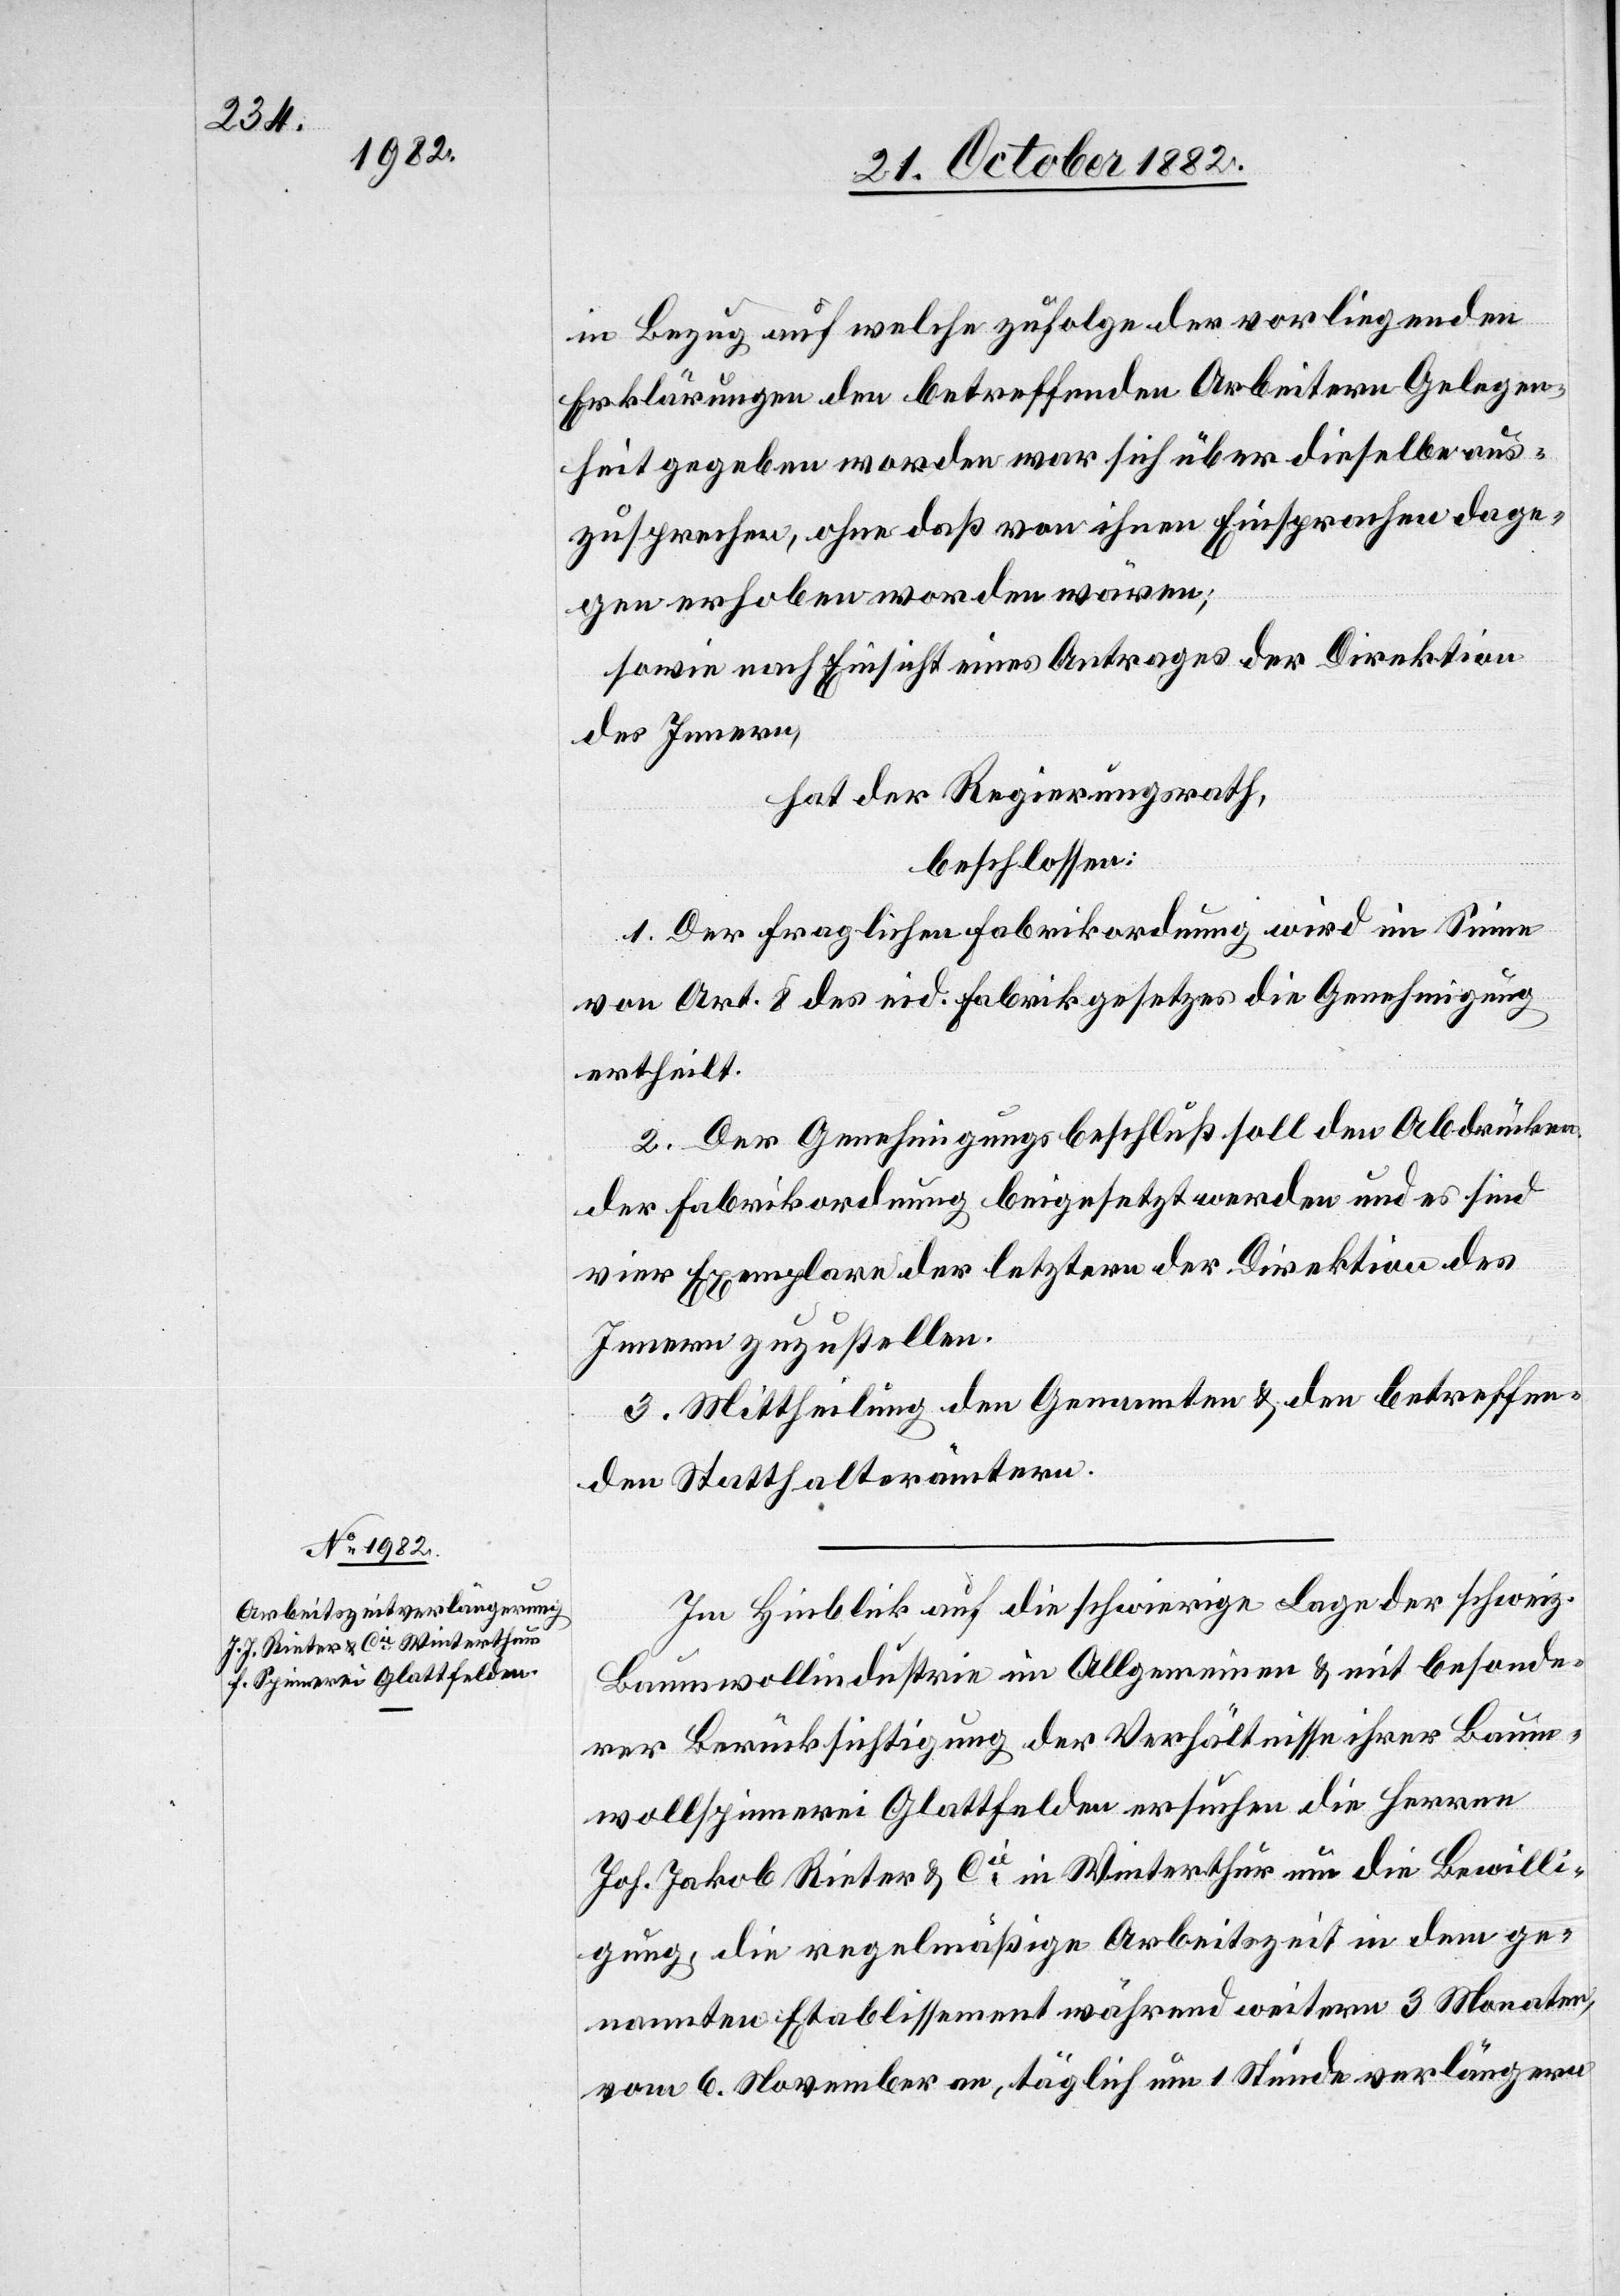
in Bezug auf welche zufolge der vorliegenden
Erklärungen den betreffenden Arbeitern Gelegen¬
heit gegeben worden war sich über dieselbe aus¬
zusprechen, ohne daß von ihnen Einsprachen dage¬
gen erhoben worden wären;
sowie nach Einsicht eines Antrages der Direktion
des Innern,
hat der Regierungsrath,
beschlossen:
1. Der fraglichen Fabrikordnung wird im Sinne
von Art. 8 des eid. Fabrikgesetzes die Genehmigung
ertheilt.
2. Der Genehmigungsbeschluß soll den Abdrücken
der Fabrikordnung beigesetzt werden und es sind
vier Exemplare der letztern der Direktion des
Innern zuzustellen.
3. Mittheilung an den Genannten & den betreffen¬
den Statthalterämtern.
Im Hinblick auf die schwierige Lage der schweiz.
Baumwollindustrie im Allgemeinen & mit besonde¬
rer Berücksichtigung der Verhältnisse ihrer Baum¬
wollspinnerei Glattfelden ersuchen die Herren
Joh. Jakob Rieter & Cie in Winterthur um die Bewilli¬
gung, die regelmäßige Arbeitszeit in dem ge¬
nannten Etablissement während weitern 3 Monaten,
vom 6. November an, täglich um 1 Stunde verlängern